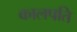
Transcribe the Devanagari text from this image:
कालपति